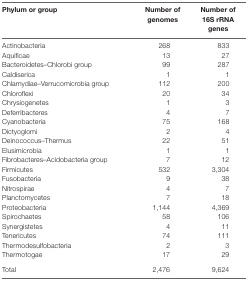
| Phylum or group | Number of genomes | Number of 16S rRNA genes |
 | --- | --- | --- |
 | Actinobacteria | 268 | 833 |
 | Aquificae | 13 | 27 |
 | Bacteroidetes–Chlorobi group | 99 | 287 |
 | Caldiserica | 1 | 1 |
 | Chlamydiae–Verrucomicrobia group | 112 | 200 |
 | Chloroflexi | 20 | 34 |
 | Chrysiogenetes | 1 | 3 |
 | Deferribacteres | 4 | 7 |
 | Cyanobacteria | 75 | 168 |
 | Dictyoglomi | 2 | 4 |
 | Deinococcus–Thermus | 22 | 51 |
 | Elusimicrobia | 1 | 1 |
 | Fibrobacteres–Acidobacteria group | 7 | 12 |
 | Firmicutes | 532 | 3,304 |
 | Fusobacteria | 9 | 38 |
 | Nitrospirae | 4 | 7 |
 | Planctomycetes | 7 | 18 |
 | Proteobacteria | 1,144 | 4,369 |
 | Spirochaetes | 58 | 106 |
 | Synergistetes | 4 | 11 |
 | Tenericutes | 74 | 111 |
 | Thermodesulfobacteria | 2 | 3 |
 | Thermotogae | 17 | 29 |
 | Total | 2,476 | 9,624 |